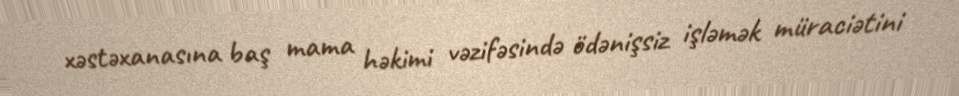
xəstəxanasına baş mama həkimi vəzifəsində ödənişsiz işləmək müraciətini